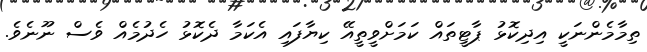
ތިމާމެންނަކީ އިދިކޮޅު ޕާޓީތައް ކަމަށްވީތީއޭ ކިޔާފައި އެކަމާ ދެކޮޅު ހެދުމެއް ވެސް ނޫނެވެ.